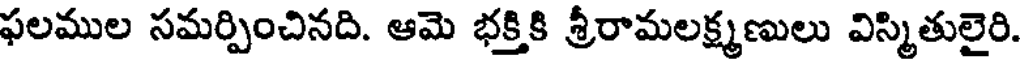
ఫలముల సమర్పించినది. ఆమె భక్తికి శ్రీరామలక్ష్మణులు విస్మితులైరి.